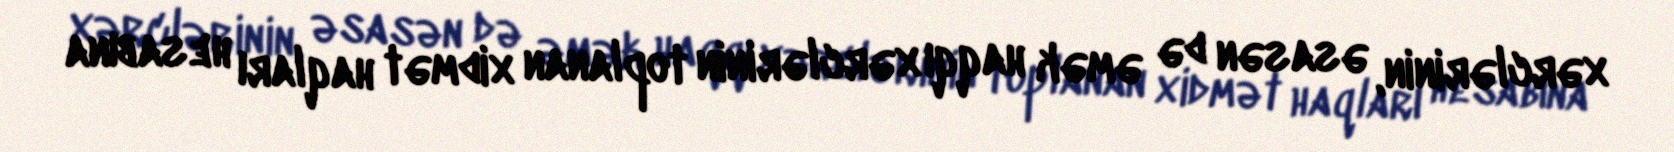
xərclərinin, əsasən də əmək haqqı xərclərinin toplanan xidmət haqları hesabına